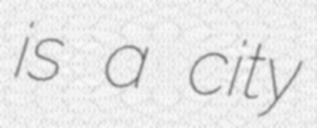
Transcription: is a city